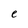
Character: e